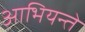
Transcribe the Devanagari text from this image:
आभियन्ते